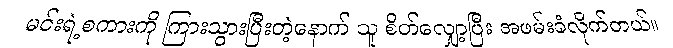
မင်းရဲ့စကားကို ကြားသွားပြီးတဲ့နောက် သူ စိတ်လျှော့ပြီး အဖမ်းခံလိုက်တယ်။